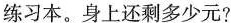
练习本。身上还剩多少元?